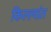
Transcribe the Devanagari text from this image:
किल्ल्यांत